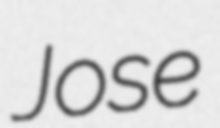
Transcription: Jose